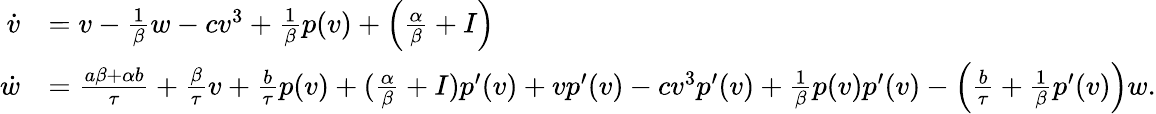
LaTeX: \begin{array}{rl}{\dot{v}}&{=v-\frac{1}{\beta}w-cv^{3}+\frac{1}{\beta}p(v)+\Big(\frac{\alpha}{\beta}+I\Big)}\\ {\dot{w}}&{=\frac{a\beta+\alpha b}{\tau}+\frac{\beta}{\tau}v+\frac{b}{\tau}p(v)+(\frac{\alpha}{\beta}+I)p^{\prime}(v)+vp^{\prime}(v)-cv^{3}p^{\prime}(v)+\frac{1}{\beta}p(v)p^{\prime}(v)-\Big(\frac{b}{\tau}+\frac{1}{\beta}p^{\prime}(v)\Big)w.}\end{array}